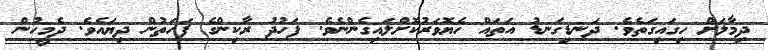
ދިމާލަށް ހިގައިގަތެވެ. ދަނޑިގަނޑު އަތައް ހެޔޮވަރުކޮށްލައިގެންނެވެ. ފަހުދު ރާކިންގެ ފަހަތުން ދިޔައެވެ. ދެމީހުން